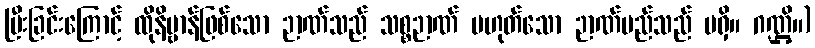
ပြီးခြင်းကြောင့် ထိုနိဗ္ဗာန်ဖြစ်သော ဉာဏ်သည် သစ္စဉာဏ် မဟုတ်သော ဉာဏ်မည်သည် မရှိ။ ဂဏ္ဌိ။)